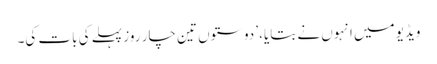
ویڈیو میں انہوں نے بتایا، ’دوستوں تین چار روز پہلے کی بات کی۔